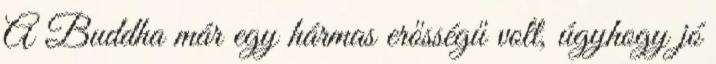
A Buddha már egy hármas erősségű volt, úgyhogy jó